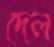
দেল